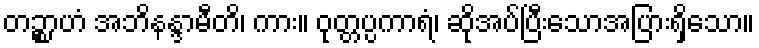
တဉ္စာဟံ အဘိနန္ဒာမီတိ၊ ကား။ ဝုတ္တပ္ပကာရံ၊ ဆိုအပ်ပြီးသောအပြားရှိသော။